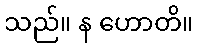
သည်။ န ဟောတိ။